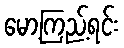
မော့ကြည့်ရင်း